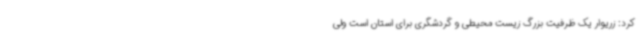
کرد: زریوار یک ظرفیت بزرگ زیست محیطی و گردشگری برای استان است ولی